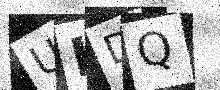
Text: UHDQ